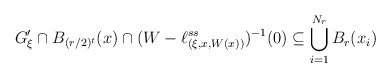
\begin{align*}G ' _\xi \cap B _{(r/2) ^t} (x) \cap ( W - \ell ^{ss} _{(\xi, x, W(x))} ) ^{-1} (0) \subseteq\bigcup _{i=1} ^{N _r} B _r ( x _i ) \end{align*}